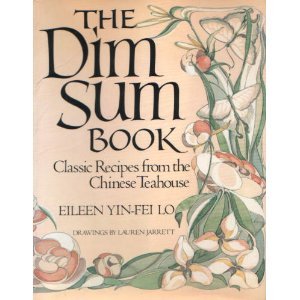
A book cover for Dim Sum Book; Eileen Yin-Fei Lo; Cookbooks, Food & Wine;